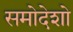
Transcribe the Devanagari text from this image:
समोदेशो